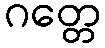
ဂတ္တေ